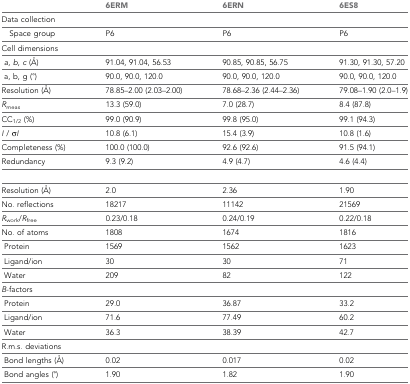
<table><thead><tr><td></td><td><b>6ERM</b></td><td><b>6ERN</b></td><td><b>6ES8</b></td></tr></thead><tbody><tr><td>Data collection</td><td></td><td></td><td></td></tr><tr><td> Space group</td><td>P6</td><td>P6</td><td>P6</td></tr><tr><td>Cell dimensions</td><td></td><td></td><td></td></tr><tr><td><i>a</i>, <i>b</i>, <i>c</i> (Å)</td><td>91.04, 91.04, 56.53</td><td>90.85, 90.85, 56.75</td><td>91.30, 91.30, 57.20</td></tr><tr><td> a, b, g (°)</td><td>90.0, 90.0, 120.0</td><td>90.0, 90.0, 120.0</td><td>90.0, 90.0, 120.0</td></tr><tr><td>Resolution (Å)</td><td>78.85–2.00 (2.03–2.00)</td><td>78.68–2.36 (2.44–2.36)</td><td>79.08–1.90 (2.0–1.9)</td></tr><tr><td><i>R</i><sub>meas</sub></td><td>13.3 (59.0)</td><td>7.0 (28.7)</td><td>8.4 (87.8)</td></tr><tr><td>CC<sub>1/2</sub> (%)</td><td>99.0 (90.9)</td><td>99.8 (95.0)</td><td>99.1 (94.3)</td></tr><tr><td><i>I</i> / σ<i>I</i></td><td>10.8 (6.1)</td><td>15.4 (3.9)</td><td>10.8 (1.6)</td></tr><tr><td>Completeness (%)</td><td>100.0 (100.0)</td><td>92.6 (92.6)</td><td>91.5 (94.1)</td></tr><tr><td>Redundancy</td><td>9.3 (9.2)</td><td>4.9 (4.7)</td><td>4.6 (4.4)</td></tr><tr><td>Resolution (Å)</td><td>2.0</td><td>2.36</td><td>1.90</td></tr><tr><td>No. reflections</td><td>18217</td><td>11142</td><td>21569</td></tr><tr><td><i>R</i><sub>work</sub>/<i>R</i><sub>free</sub></td><td>0.23/0.18</td><td>0.24/0.19</td><td>0.22/0.18</td></tr><tr><td>No. of atoms</td><td>1808</td><td>1674</td><td>1816</td></tr><tr><td> Protein</td><td>1569</td><td>1562</td><td>1623</td></tr><tr><td> Ligand/ion</td><td>30</td><td>30</td><td>71</td></tr><tr><td> Water</td><td>209</td><td>82</td><td>122</td></tr><tr><td><i>B</i>-factors</td><td></td><td></td><td></td></tr><tr><td> Protein</td><td>29.0</td><td>36.87</td><td>33.2</td></tr><tr><td> Ligand/ion</td><td>71.6</td><td>77.49</td><td>60.2</td></tr><tr><td> Water</td><td>36.3</td><td>38.39</td><td>42.7</td></tr><tr><td>R.m.s. deviations</td><td></td><td></td><td></td></tr><tr><td> Bond lengths (Å)</td><td>0.02</td><td>0.017</td><td>0.02</td></tr><tr><td> Bond angles (°)</td><td>1.90</td><td>1.82</td><td>1.90</td></tr></tbody></table>